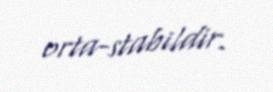
orta-stabildir.